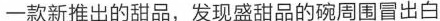
一款新推出的甜品，发现盛甜品的碗周围冒出白